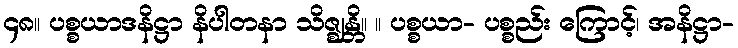
၄၈။ ပစ္စယာဒနိဋ္ဌာ နိပါတနာ သိဇ္ဈန္တိ။ ။ ပစ္စယာ- ပစ္စည်း ကြောင့်၊ အနိဋ္ဌာ-